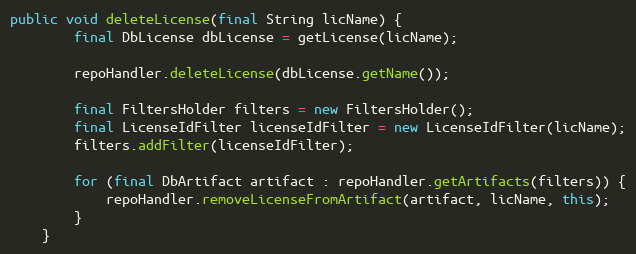
Language: Java
public void deleteLicense(final String licName) {
        final DbLicense dbLicense = getLicense(licName);

        repoHandler.deleteLicense(dbLicense.getName());

        final FiltersHolder filters = new FiltersHolder();
        final LicenseIdFilter licenseIdFilter = new LicenseIdFilter(licName);
        filters.addFilter(licenseIdFilter);

        for (final DbArtifact artifact : repoHandler.getArtifacts(filters)) {
            repoHandler.removeLicenseFromArtifact(artifact, licName, this);
        }
    }